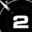
Digit: 2